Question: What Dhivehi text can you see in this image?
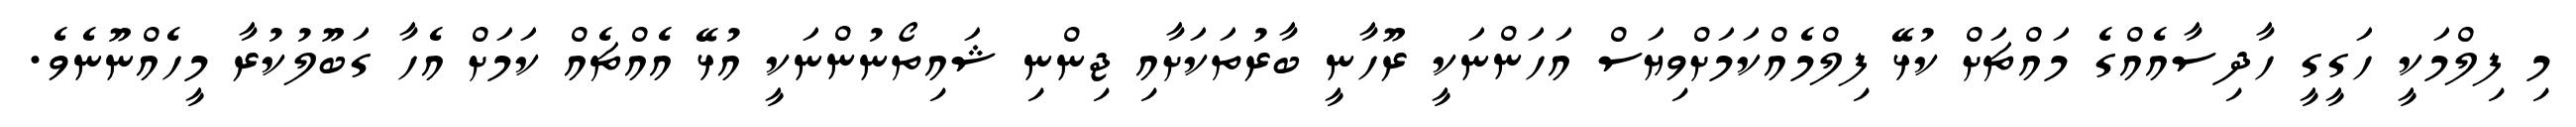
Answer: މި ފިލްމަކީ ހަގީގީ ހާދިސާއެއްގެ މައްޗަށް ކުޅޭ ފިލްމެއްކަމަށްވިޔަސް އަހަންނަކީ ރޫހާނީ ބާރުތަކަށާއި ޖިންނި ޝައިތޯނުންނަކީ އުޅޭ އެއްޗެއް ކަމަށް އެހާ ގަބޫލުކުރާ މީހެއްނޫނެވެ.